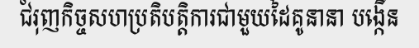
ជំរុញកិច្ចសហប្រតិបត្តិការជាមួយដៃគូនានា បង្កើន